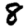
Digit: 8